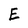
Character: E